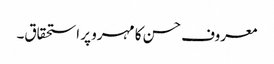
معروف حسن کا مہرو پر استحقاق۔